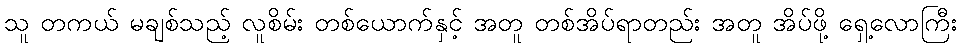
သူ တကယ် မချစ်သည့် လူစိမ်း တစ်ယောက်နှင့် အတူ တစ်အိပ်ရာတည်း အတူ အိပ်ဖို့ ရှေ့လောကြီး